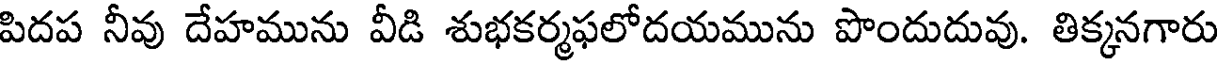
పిదప నీవు దేహమును వీడి శుభకర్మఫలోదయమును పొందుదువు. తిక్కనగారు